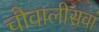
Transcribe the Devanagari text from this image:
चौवालीसवां